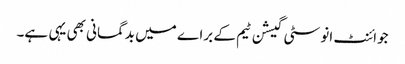
جوائنٹ انوسٹی گیشن ٹیم کے براے میں بدگمانی بھی یہی ہے۔